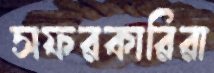
সফরকারিরা